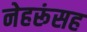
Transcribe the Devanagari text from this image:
नेहरूंसह